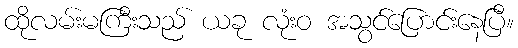
ထိုလမ်းမကြီးသည် ယခု လုံးဝ အသွင်ပြောင်းနေပြီ။